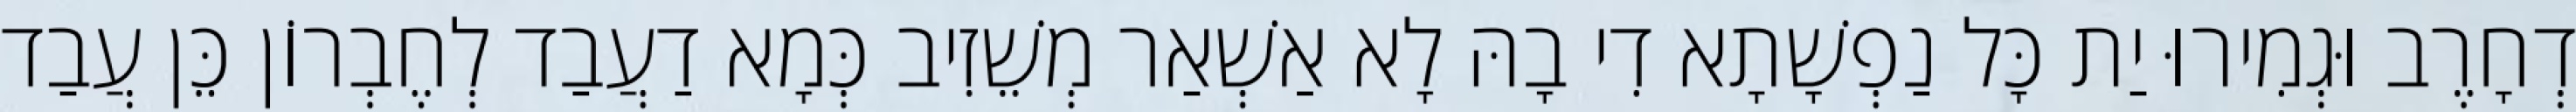
דְחָרֶב וּגְמִירוּ יַת כָּל נַפְשָׁתָא דִי בָהּ לָא אַשְׁאַר מְשֵׁזִיב כְּמָא דַעֲבַד לְחֶבְרוֹן כֵּן עֲבַד